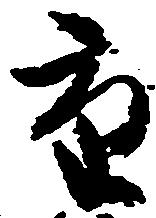
重